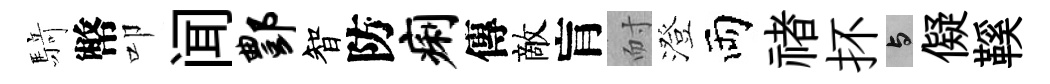
𮪍幣叩闻酆智防痢傳敵肓耐澄両禇抔与儗鞵